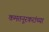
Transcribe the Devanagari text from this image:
कमतनूरकरांच्या